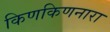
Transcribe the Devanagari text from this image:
किणकिणनारा